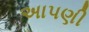
અાપણી